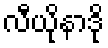
လီယိုနာဒို